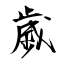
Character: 歲